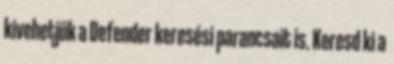
kivehetjük a Defender keresési parancsait is. Keresd ki a